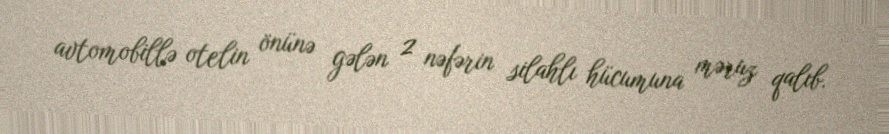
avtomobillə otelin önünə gələn 2 nəfərin silahlı hücumuna məruz qalıb.